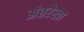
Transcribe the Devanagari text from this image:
अंतरेखा